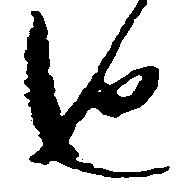
也